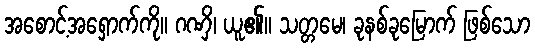
အစောင့်အရှောက်ကို။ ဂဏှိ၊ ယူ၏။ သတ္တမေ၊ ခုနစ်ခုမြောက် ဖြစ်သော